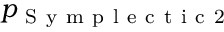
p _ { \mathrm { ~ S ~ y ~ m ~ p ~ l ~ e ~ c ~ t ~ i ~ c ~ 2 ~ } }